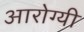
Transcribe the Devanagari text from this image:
आरोग्यी